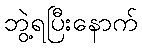
ဘွဲ့ရပြီးနောက်